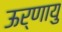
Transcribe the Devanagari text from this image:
ऊर्णायु